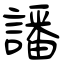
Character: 譒